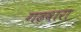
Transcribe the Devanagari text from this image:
गढ़वारा